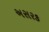
અસરક